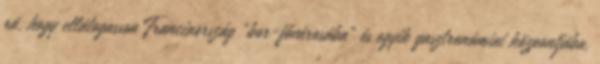
rá, hogy ellátogasson Franciaország "bor-fővárosába" és egyik gasztronómiai központjába,